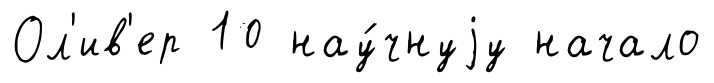
Ол'ив'ер 10 нау́чнуjу начало